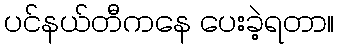
ပင်နယ်တီကနေ ပေးခဲ့ရတာ။